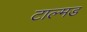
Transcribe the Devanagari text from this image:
टाल्मड